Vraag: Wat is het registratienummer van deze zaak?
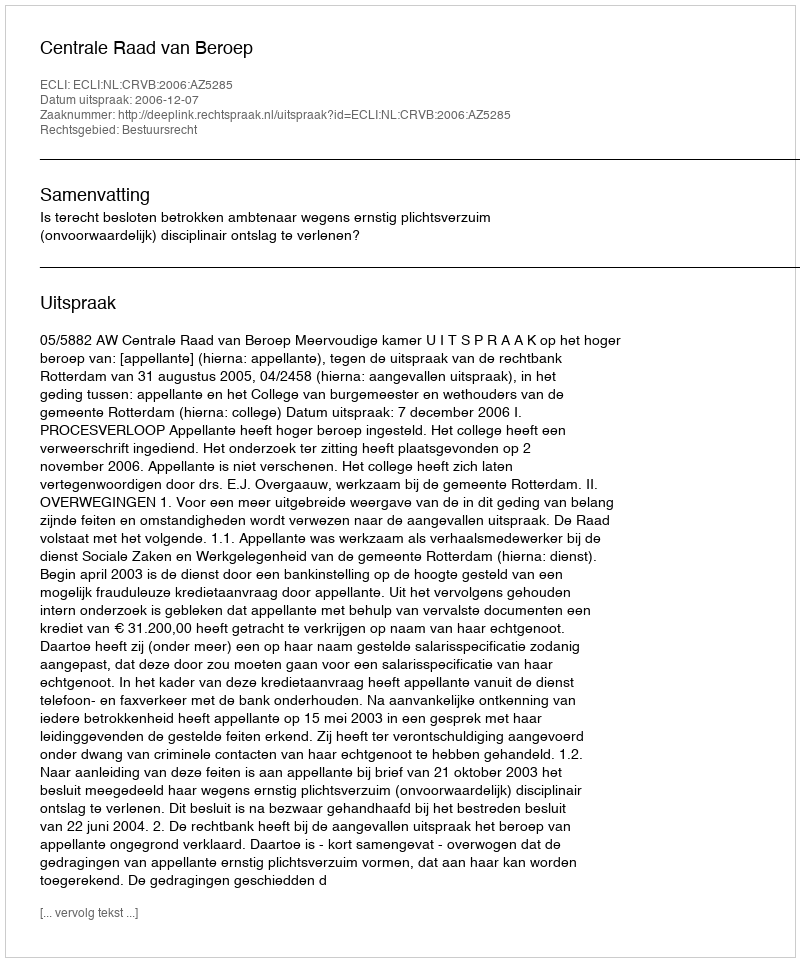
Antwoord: http://deeplink.rechtspraak.nl/uitspraak?id=ECLI:NL:CRVB:2006:AZ5285